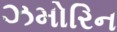
ઝમોરિન